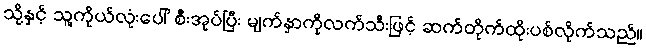
သို့နှင့် သူ့ကိုယ်လုံးပေါ် စီးအုပ်ပြီး မျက်နှာကိုလက်သီးဖြင့် ဆက်တိုက်ထိုးပစ်လိုက်သည်။